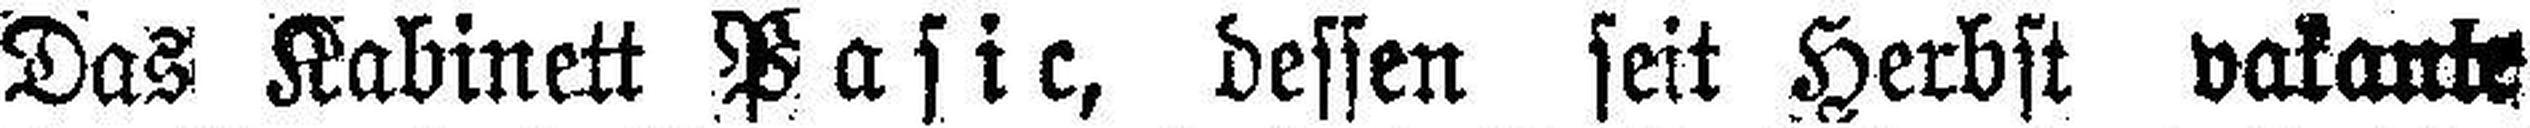
Das Kabinett Pasic, dessen seit Herbst vakante